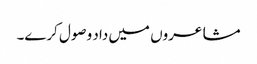
مشاعروں میں داد وصول کرے۔